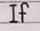
If